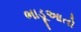
ભાડૂઆતો